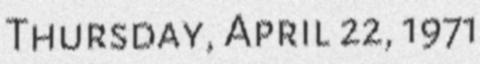
Thursday, April 22, 1971